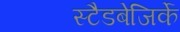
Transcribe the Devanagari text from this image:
स्टैडबेजिर्के